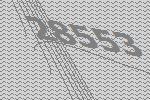
28553